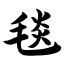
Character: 毯